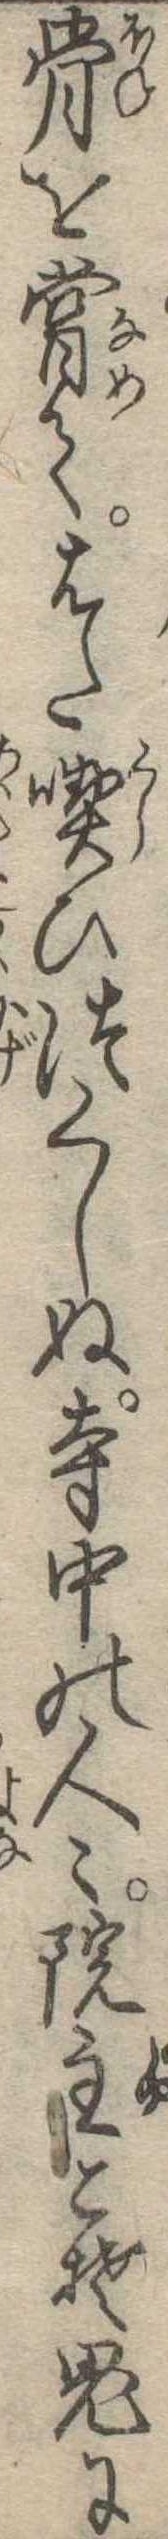
骨を嘗てはた喫ひつくしぬ寺中の人院主こそ鬼に